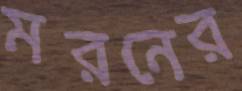
মরনের